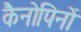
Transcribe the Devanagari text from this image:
कैनोपिनों